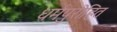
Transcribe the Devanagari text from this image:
धर्मपुरोहित